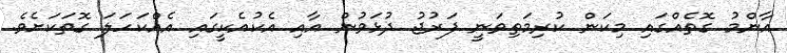
އާންމު ގޮތެއްގައި މިކަން ކުރިމަތިވަނީ ފަރުޖު ދުޅަވުން އާއި އެކުއެކީގައި އެއްކަހަލަ ގޮތަކަށެވެ.